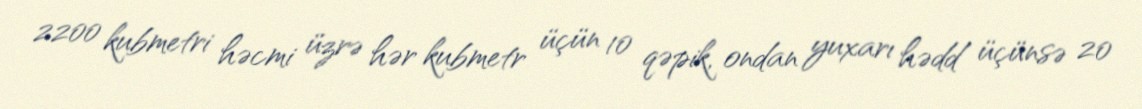
2200 kubmetri həcmi üzrə hər kubmetr üçün 10 qəpik, ondan yuxarı hədd üçünsə 20